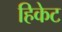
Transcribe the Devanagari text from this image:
हिकेट